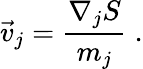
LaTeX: {\vec{v}}_{j}={\frac{\nabla_{j}S}{m_{j}}}\; .